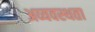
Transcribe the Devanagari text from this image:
अव्यवस्थता